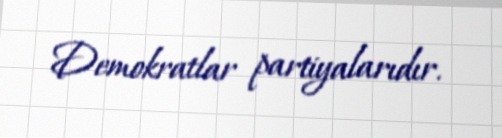
Demokratlar partiyalarıdır.